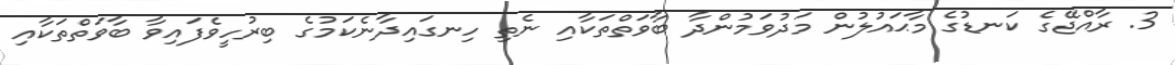
3. ރާއްޖޭގެ ކަނޑުގެ މާޙައުލުން މަދުވަމުންދާ ބާވަތްތަކާއި ނެތި ހިނގައިދާނެކަމުގެ ބިރުހީވެފައިވާ ބާވަތްތަކާއި